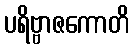
ပရိဗ္ဗာဇကောတိ